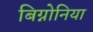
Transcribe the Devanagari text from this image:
बिग्नोनिया